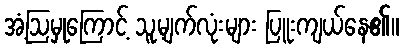
အံ့ဩမှုကြောင့် သူ့မျက်လုံးများ ပြူးကျယ်နေ၏။